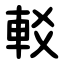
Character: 䡈